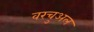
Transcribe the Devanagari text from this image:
वरचुअल